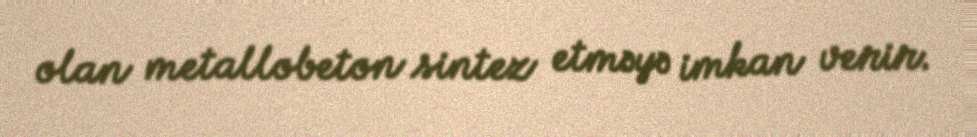
olan metallobeton sintez etməyə imkan verir.